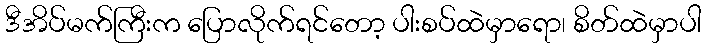
ဒီအိပ်မက်ကြီးက ပြောလိုက်ရင်တော့ ပါးစပ်ထဲမှာရော၊ စိတ်ထဲမှာပါ